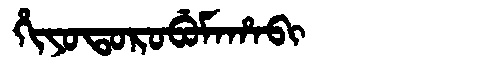
Manchu: ᡥᡳᠶᠣᡨᠣᡵᠣᠪᡠᠮᠠᡥᠠᠪᡳ
Romanization: HIYOTOROBUMAHABI